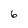
Character: 6